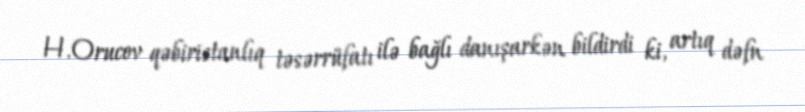
H.Orucov qəbiristanlıq təsərrüfatı ilə bağlı danışarkən bildirdi ki, artıq dəfn